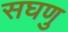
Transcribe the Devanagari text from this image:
सघणु